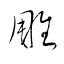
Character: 雕